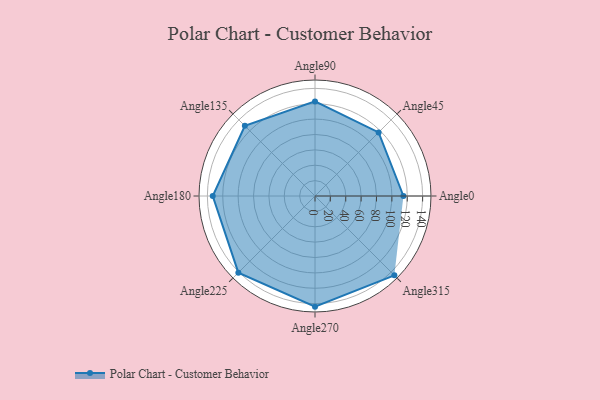
{"axis": {"x": "Angle", "y": "Radius"}, "legend": [""], "data": [{"x": "Angle0", "y": 115.0, "type": ""}, {"x": "Angle45", "y": 117.0, "type": ""}, {"x": "Angle90", "y": 123.0, "type": ""}, {"x": "Angle135", "y": 129.0, "type": ""}, {"x": "Angle180", "y": 133.0, "type": ""}, {"x": "Angle225", "y": 141.0, "type": ""}, {"x": "Angle270", "y": 144.0, "type": ""}, {"x": "Angle315", "y": 146.0, "type": ""}]}